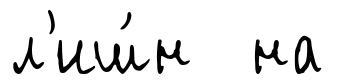
л'иш́н на